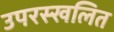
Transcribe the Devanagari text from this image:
उपरस्खलित